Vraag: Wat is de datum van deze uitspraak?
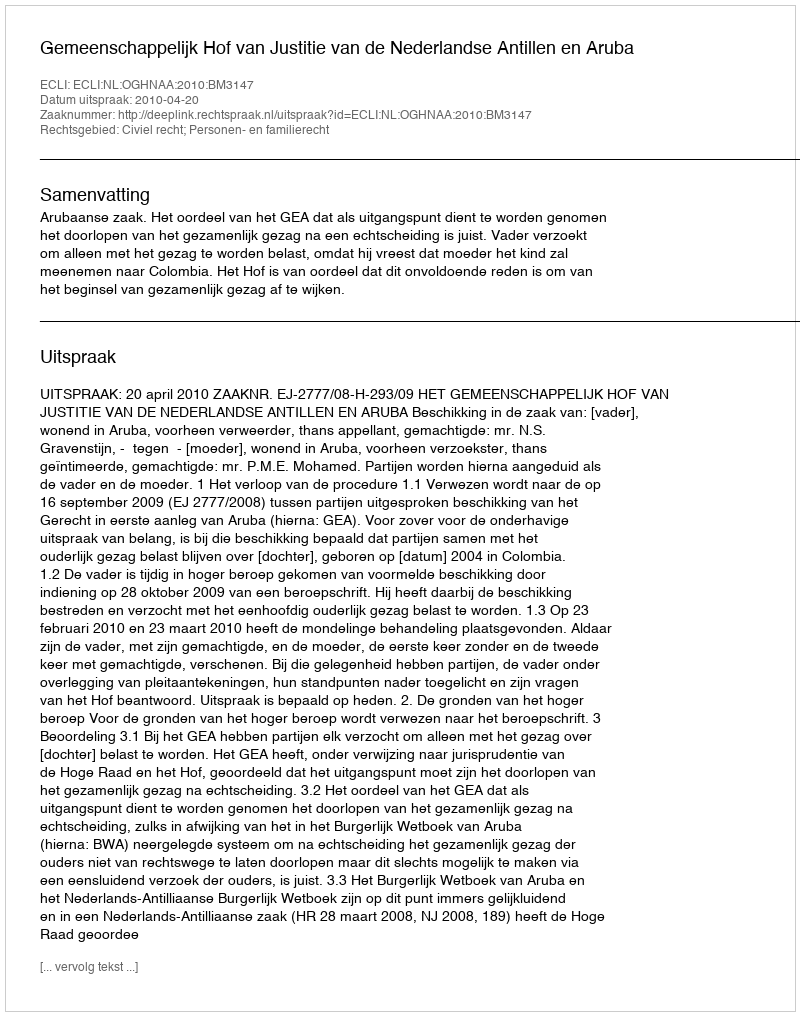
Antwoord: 2010-04-20